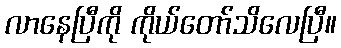
လာနေပြီကို ကိုယ်တော်သိလေပြီ။